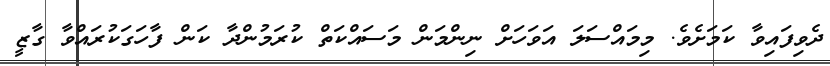
ދެވިފައިވާ ކަމަށެވެ. މިމައްސަލަ އަވަހަށް ނިންމަން މަސައްކަތް ކުރަމުންދާ ކަން ފާހަގަކުރައްވާ ގާޒީ